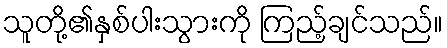
သူတို့၏နှစ်ပါးသွားကို ကြည့်ချင်သည်။